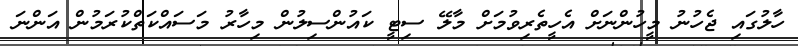
ހާލުގައި ޖެހުނު މީހުންނަށް އެހީތެރިވުމަށް މާލޭ ސިޓީ ކައުންސިލުން މިހާރު މަސައްކަތްކުރަމުން އަންނަ